Civil Veterinary Department. Madras. Admin. report 1910-25 - 1910-1925
Year: 1910
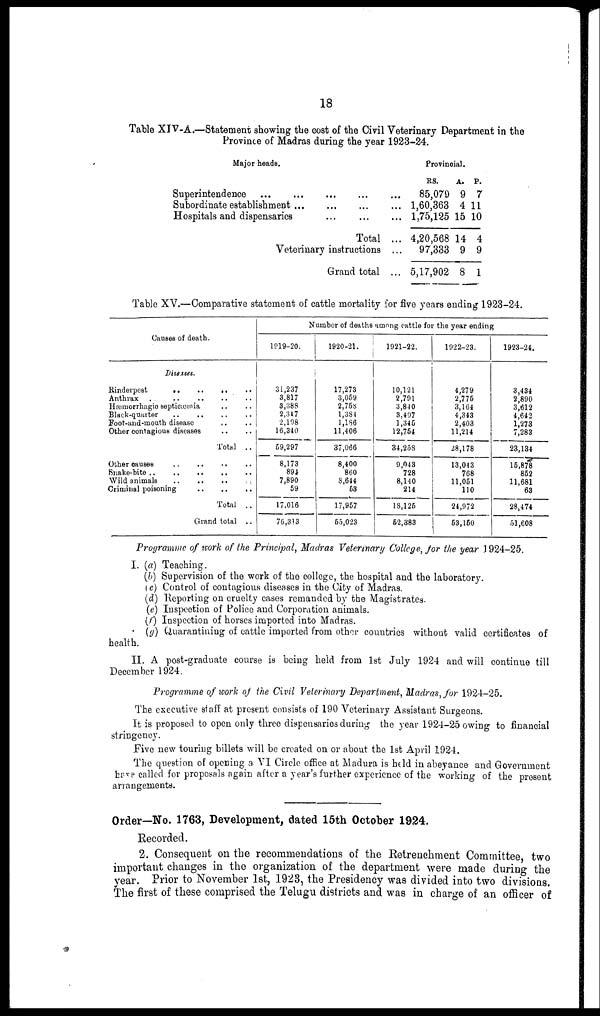
18
Table XIV-A.—Statement showing the cost of the Civil Veterinary Department in the
Province of Madras during the year 1923-24.
Major heads.
Superintendence ... ... ... ... ...
Subordinate establishment ... ... ... ...
Hospitals and dispensaries ... ... ...
Total ...
Veterinary instructions ...
Grand total ...
Provincial.
RS.
85,079
1,60,363
1,75,125
4,20,568
97,333
5,17,902
A.
9
4
15
14
9
8
P.
7
11
10
4
9
1
Table XV.—Comparative statement of cattle mortality for five years ending 1923-24.
Causes of death.
Diseases.
Rinderpest .. .. .. ..
Anthrax .. .. ..
Hæmorrhagio septicæmia .. ..
Black-quarter .. .. .. ..
Foot-and-mouth disease .. ..
Other contagious diseases .. ..
Total ..
Other causes .. .. .. ..
Snake-bite .. .. .. .. ..
Wild animals
..
..
..
Criminal poisoning
..
..
..
..
Total ..
Grand total ..
Number of deaths among cattle for the year ending
1919-20.
31,237
3,817
3,388
2,317
2,108
16,340
59,297
8,173
894
7,890
59
17,016
76,313
1920-21.
17,273
3,059
2,758
1,384
1,186
11,406
37,066
8,400
860
8,644
53
17,957
55,023
1921-22.
10,121
2,791
3,840
3,407
1,345
12,754
34,258
9,043
728
8,140
214
18,125
52,383
1922-23.
4,279
2,775
3,164
4,343
2,403
11,214
28,178
13,043
768
11,051
110
24,972
53,150
1923-24.
3,434
2,890
3,612
4,642
1,273
7,283
23,134
15,878
852
11,681
63
28,474
51,608
Programme of work of the Principal, Madras Veterinary College, for the year 1924-25.
I. (a) Teaching.
(b) Supervision of the work of the college, the hospital and the laboratory.
(c) Control of contagious diseases in the City of Madras.
(d) Reporting on cruelty cases remanded by the Magistrates.
(e) Inspection of Police and Corporation animals.
(f) Inspection of horses imported into Madras.
(g) Quarantining of cattle imported from other countries without valid certificates of
health.
II. A post-graduate course is being held from 1st July 1924 and will continue till
December 1924.
Programme of work of the Civil Veterinary Department, Madras, for 1924-25.
The executive staff at present consists of 190 Veterinary Assistant Surgeons.
It is proposed to open only three dispensaries during the year 1924-25 owing to financial
stringency.
Five new touring billets will be created on or about the 1st April 1924.
The question of opening a VI Circle office at Madura is held in abeyance and Government
have called for proposals again after a year's further experience of the working of the present
arrangements.
Order—No. 1763, Development, dated 15th October 1924.
Recorded.
2. Consequent on the recommendations of the Retrenchment Committee, two
important changes in the organization of the department were made during the
year. Prior to November 1st, 1923, the Presidency was divided into two divisions.
The first of these comprised the Telugu districts and was in charge of an officer of